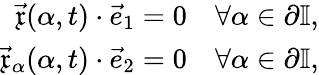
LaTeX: \begin{array}{r}{\vec{\mathfrak{x}}(\alpha,t)\cdot\vec{e}_{1}=0\quad\forall\alpha\in\partial\mathbb{I},}\\ {\vec{\mathfrak{x}}_{\alpha}(\alpha,t)\cdot\vec{e}_{2}=0\quad\forall\alpha\in\partial\mathbb{I},}\end{array}